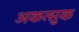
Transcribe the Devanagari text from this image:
अकत्सुक